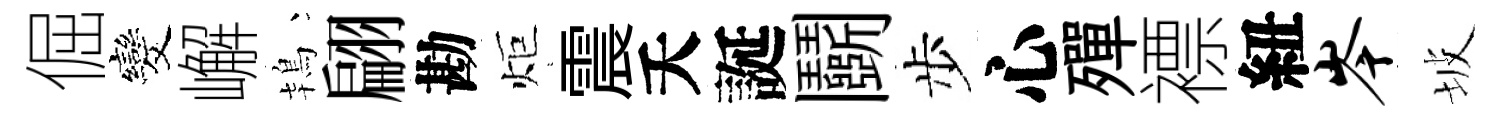
倔发嶰鴇翩勘炬震夭誕鬬步心殫褾紐岑坡